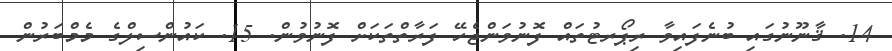
14. ޤާނޫނުގައި ބުނެފައިވާ ރިޕޯރޓުތައް ފޮނުވަންޖެހޭ ފަރާތްތަކަށް ފޮނުވުން. 15. ކައުންސިލްގެ މެމްބަރުން